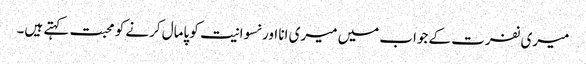
میری نفرت کے جواب میں میری انا اور نسوانیت کو پامال کرنے کو محبت کہتے ہیں۔